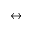
\leftrightarrow